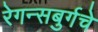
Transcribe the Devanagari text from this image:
रेगन्सबुर्गचे